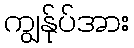
ကျွန်ုပ်အား